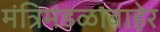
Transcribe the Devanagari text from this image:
मंत्रिमंडळाबाहेर